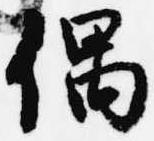
偶